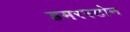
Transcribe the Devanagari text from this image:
डमरस्टोन